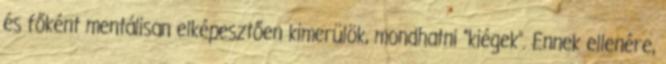
és főként mentálisan elképesztően kimerülök, mondhatni “kiégek”. Ennek ellenére,